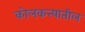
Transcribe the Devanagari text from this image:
कोलकत्त्यातील